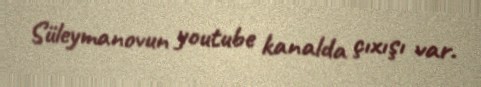
Süleymanovun youtube kanalda çıxışı var.